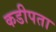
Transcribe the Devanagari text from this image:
कडीपता